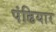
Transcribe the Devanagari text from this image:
पंढियार